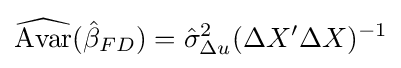
{\widehat {\text{Avar}}}({\hat {\beta }}_{FD})={\hat {\sigma }}_{\Delta u}^{2}(\Delta X'\Delta X)^{-1}